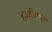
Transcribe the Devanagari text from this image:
हाथीताल